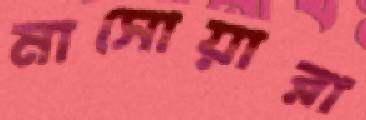
মাসোয়ারা